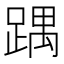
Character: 𮛵